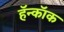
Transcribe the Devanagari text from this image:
हॅन्कॉक